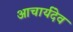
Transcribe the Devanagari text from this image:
आचार्यदेव